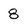
Character: 8